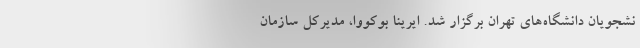
نشجویان دانشگاه‌های تهران برگزار شد. ایرینا بوکووا، مدیرکل سازمان